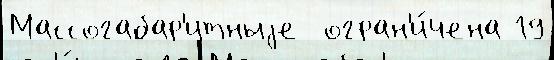
Массогабар'итныjе  огран'и́чена 19